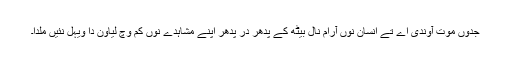
جدوں موت آوندی اے تے انسان نوں آرام نال بیٹھ کے پدھر در پدھر اپنے مشاہدے نوں کم وچ لیاون دا ویہل نئیں ملدا۔